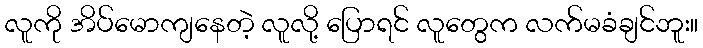
လူကို အိပ်မောကျနေတဲ့ လူလို့ ပြောရင် လူတွေက လက်မခံချင်ဘူး။